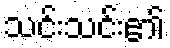
သင်းသင်း၏